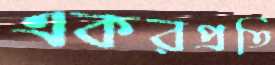
একরপ্রতি